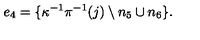
e _ { 4 } = \{ \kappa ^ { - 1 } \pi ^ { - 1 } ( j ) \setminus n _ { 5 } \cup n _ { 6 } \} .